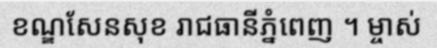
ខណ្ឌសែនសុខ រាជធានីភ្នំពេញ ។ ម្ចាស់